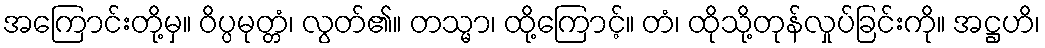
အကြောင်းတို့မှ။ ဝိပ္ပမုတ္တံ၊ လွတ်၏။ တသ္မာ၊ ထို့ကြောင့်။ တံ၊ ထိုသို့တုန်လှုပ်ခြင်းကို။ အဋ္ဌဟိ၊